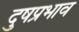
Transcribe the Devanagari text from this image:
दुषप्रभाव